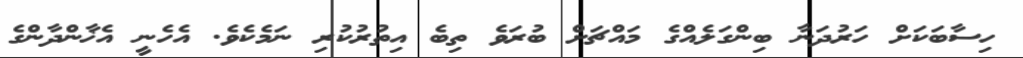
ހިސާބަކަށް ހަރުދަނާ ބިންގަލެއްގެ މައްޗަށް ބުރަވެ ތިބެ އިތުރުކުރި ނަމެކެވެ. އެހެނީ އެޚާންދާންގެ